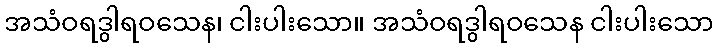
အသံဝရဒွါရဝသေန၊ ငါးပါးသော။ အသံဝရဒွါရဝသေန ငါးပါးသော